Punjab Mental Hospital Lahore 1922-31 - 1922-1931
Year: 1922
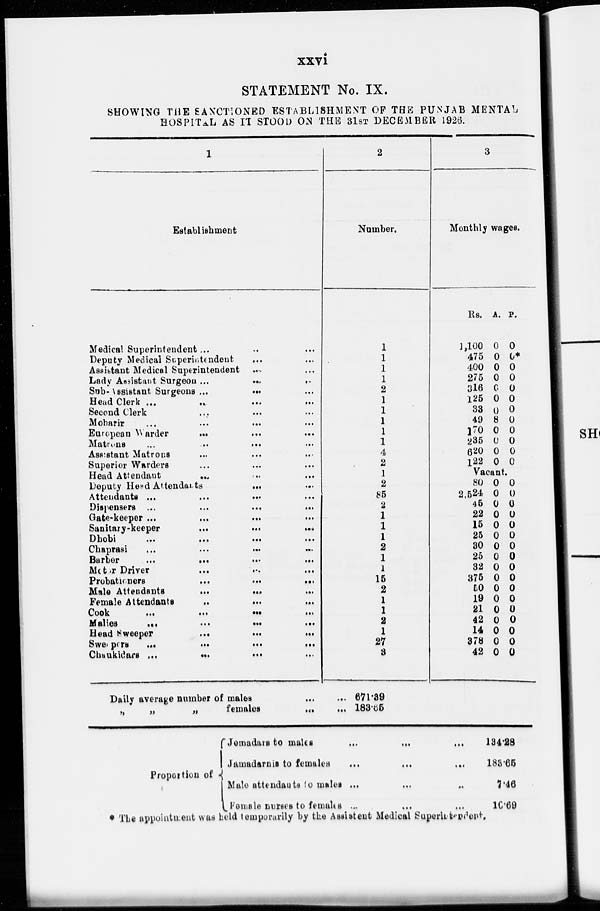
xxvi
STATEMENT No. IX.
SHOWING THE SANCTIONED ESTABLISHMENT OF THE PUNJAB MENTAL
HOSPITAL AS IT STOOD ON THE 31ST DECEMBER 1926.
1
Establishment
Medical Superintendent ... ... ...
Deputy Medical Superintendent ... ...
Assistant Medical Superintendent ... ...
Lady Assistant
Surgeon
...
...
...
Sub-Assistant Surgeons ... ... ...
Head Clerk
...
...
...
...
Second Clerk ... ... ... ...
Moharir
...
...
...
...
European
Warder
...
...
...
Matrons
...
...
...
...
Assistant Matrons ... ... ...
Superior Warders ... ... ...
Head Attendant ... ... ...
Deputy Head Attendants
...
...
Attendants
...
...
...
...
Dispensers
...
...
...
...
Gate-keeper
...
...
...
...
Sanitary-keeper
...
...
...
Dhobi
...
...
...
...
Chaprasi ... ... ... ...
Barber
...
...
...
...
Motor Driver
...
...
...
...
Probationers
...
...
...
...
Male Attendants
...
...
...
Female Attendants ... ... ...
Cook
...
...
...
...
Malies ... ... ... ...
Head Sweeper
...
...
...
Sweepers
...
...
...
...
Chaukidars
...
...
...
...
2
Number.
1
1
1
1
2
1
1
1
1
1
4
2
1
2
85
2
1
1
1
2
1
1
15
2
1
1
2
1
27
3
3
Monthly wages.
Rs.
1,100
475
400
275
316
125
33
49
170
235
620
122
A.
0
0
0
0
0
0
0
8
0
0
0
0
P.
0
0*
0
0
0
0
0
0
0
0
0
0
Vacant.
80
2,524
45
22
15
25
30
25
32
375
50
19
21
42
14
378
42
0
0
0
0
0
0
0
0
0
0
0
0
0
0
0
0
0
0
0
0
0
0
0
0
0
0
0
0
0
0
0
0
0
0
Daily average number of males
...
...
„
„
„
females
...
...
671.39
183.65
Proportion of
Jemadars to males
...
...
...
...
Jamadarnis to females
...
...
...
...
Male attendants to males ... ... ... ...
Female nurses to females
...
...
...
...
134.28
183.65
7.46
10.69
* The appointment was held temporarily by the Assistent Medical Superintendent.